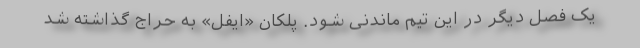
یک فصل دیگر در این تیم ماندنی شود. پلکان «ایفل» به حراج گذاشته شد